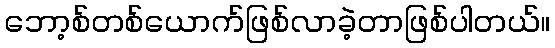
ဘော့စ်တစ်ယောက်ဖြစ်လာခဲ့တာဖြစ်ပါတယ်။